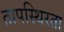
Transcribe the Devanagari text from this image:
तापस्थिरता